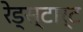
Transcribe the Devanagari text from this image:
रेड्स्टार्ट